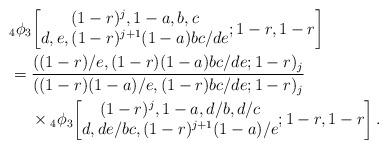
LaTeX: \begin{align*}&{}_4\phi_3\!\left[\begin{matrix}(1-r)^j,1-a,b,c\\d,e,(1-r)^{j+1}(1-a)bc/de\end{matrix};1-r,1-r\right]\\&=\frac{((1-r)/e,(1-r)(1-a)bc/de;1-r)_j}{((1-r)(1-a)/e,(1-r)bc/de;1-r)_j}\\&\quad\;\times{}_4\phi_3\!\left[\begin{matrix}(1-r)^j,1-a,d/b,d/c\\d,de/bc,(1-r)^{j+1}(1-a)/e\end{matrix};1-r,1-r\right].\end{align*}